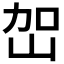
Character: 𭖔